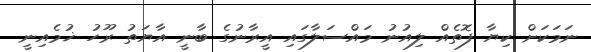
ނަމަކަށް ކިޔާ ފޮތެއް ލިއުނު މައްސަލާގައި އީރާނުގެ ބާނީ އާޔަތު ރޫހު ޚުމެއިނީ